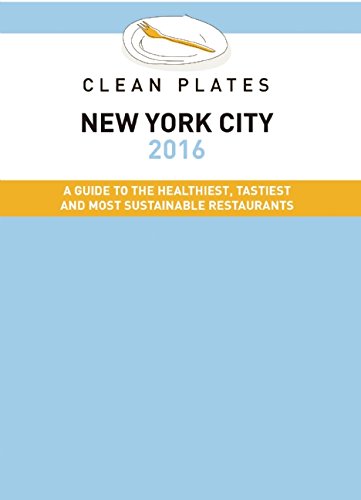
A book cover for Clean Plates New York City 2016: A Guide to the Healthiest, Tastiest and Most Sustainable Restaurants; Jared Koch; Travel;